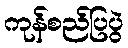
ကုန်စည်ပြပွဲ